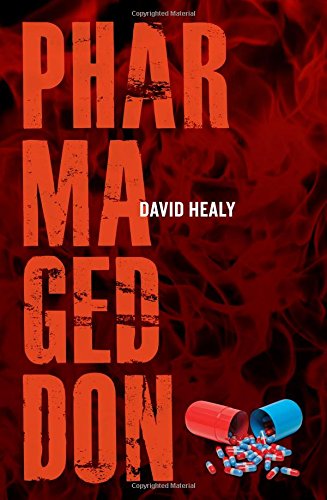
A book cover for Pharmageddon; David Healy; Business & Money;